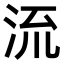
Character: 𣴑